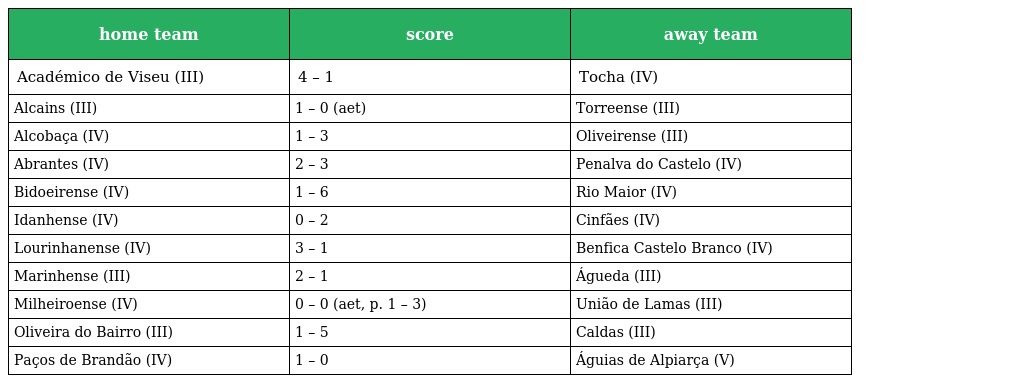
| home team | score | away team |
 | --- | --- | --- |
 | Académico de Viseu (III) | 4 – 1 | Tocha (IV) |
 | Alcains (III) | 1 – 0 (aet) | Torreense (III) |
 | Alcobaça (IV) | 1 – 3 | Oliveirense (III) |
 | Abrantes (IV) | 2 – 3 | Penalva do Castelo (IV) |
 | Bidoeirense (IV) | 1 – 6 | Rio Maior (IV) |
 | Idanhense (IV) | 0 – 2 | Cinfães (IV) |
 | Lourinhanense (IV) | 3 – 1 | Benfica Castelo Branco (IV) |
 | Marinhense (III) | 2 – 1 | Águeda (III) |
 | Milheiroense (IV) | 0 – 0 (aet, p. 1 – 3) | União de Lamas (III) |
 | Oliveira do Bairro (III) | 1 – 5 | Caldas (III) |
 | Paços de Brandão (IV) | 1 – 0 | Águias de Alpiarça (V) |